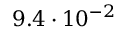
9 . 4 \cdot 1 0 ^ { - 2 }